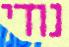
נודי